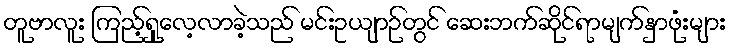
တူဗာလူး ကြည့်ရှုလေ့လာခဲ့သည် မင်းဥယျာဉ်တွင် ဆေးဘက်ဆိုင်ရာမျက်နှာဖုံးများ